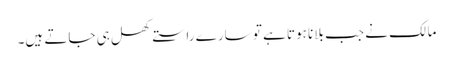
مالک نے جب بلانا ہوتا ہے تو سارے راستے کھل ہی جاتے ہیں۔